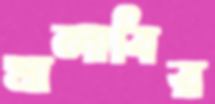
মালাবির